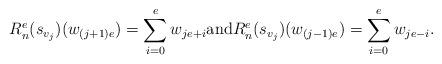
LaTeX: \begin{align*}R^e_n(s_{v_j})(w_{(j+1)e})=\sum_{i=0}^ew_{je+i} \mbox{and}R^e_n(s_{v_j})(w_{(j-1)e})=\sum_{i=0}^ew_{je-i}.\end{align*}